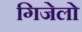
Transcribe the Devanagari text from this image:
गिजेलो